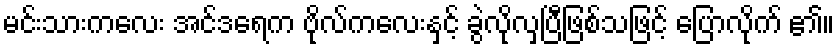
မင်းသားကလေး အင်ဒရေက ဗိုလ်ကလေးနှင့် ခွဲလိုလှပြီဖြစ်သဖြင့် ပြောလိုက် ၏။